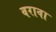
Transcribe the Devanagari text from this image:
वरावा